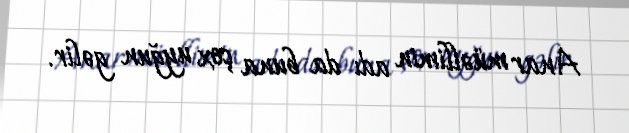
Anar müəllimin adı da buna çox uyğun gəlir.